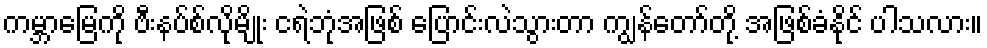
ကမ္ဘာမြေကို ဗီးနပ်စ်လိုမျိုး ငရဲဘုံအဖြစ် ပြောင်းလဲသွားတာ ကျွန်တော်တို့ အဖြစ်ခံနိုင် ပါသလား။